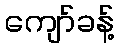
ကျော်ခန့်